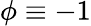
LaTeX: \phi\equiv-1